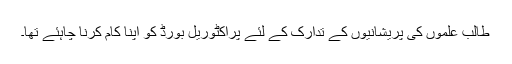
طالب علموں کی پریشانیوں کے تدارک کے لئے پراکٹوریل بورڈ کو اپنا کام کرنا چاہئے تھا۔